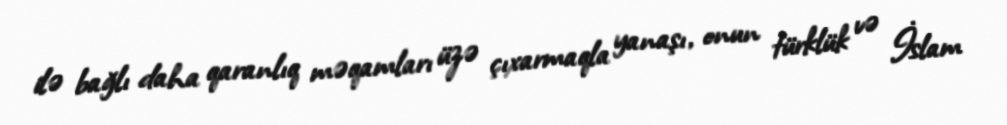
ilə bağlı daha qaranlıq məqamları üzə çıxarmaqla yanaşı, onun türklük və İslam